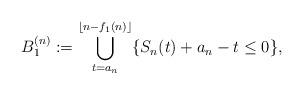
LaTeX: \begin{align*}B_1^{(n)}:=\bigcup_{t=a_n}^{\lfloor n-f_1(n)\rfloor}\{S_n(t)+a_n-t\leq 0\},\end{align*}